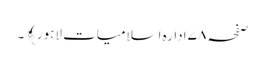
صفحہ ۷۸ ادارہ اسلامیات لاہور﴾۔